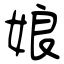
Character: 娘